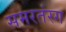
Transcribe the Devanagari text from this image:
समरतंरग